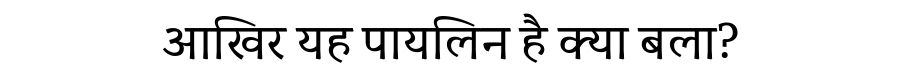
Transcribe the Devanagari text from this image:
आखिर यह पायलिन है क्या बला?